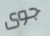
جوى